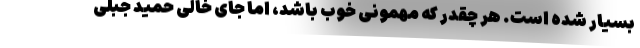
بسیار شده است. هر چقدر که مهمونی خوب باشد، اما جای خالی حمید جبلی